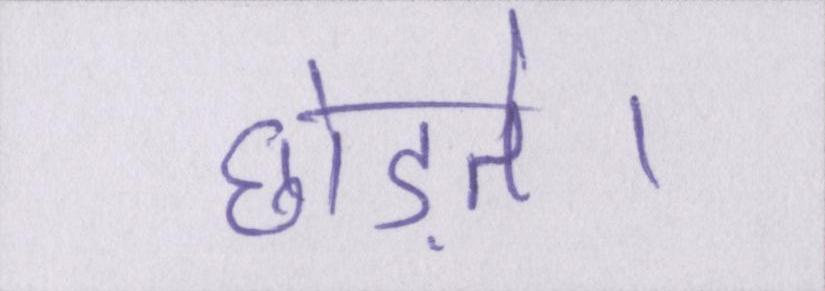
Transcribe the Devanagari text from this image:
छोड़ते।